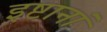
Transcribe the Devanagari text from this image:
इष्टानां